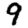
Digit: 9